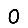
Digit: 0